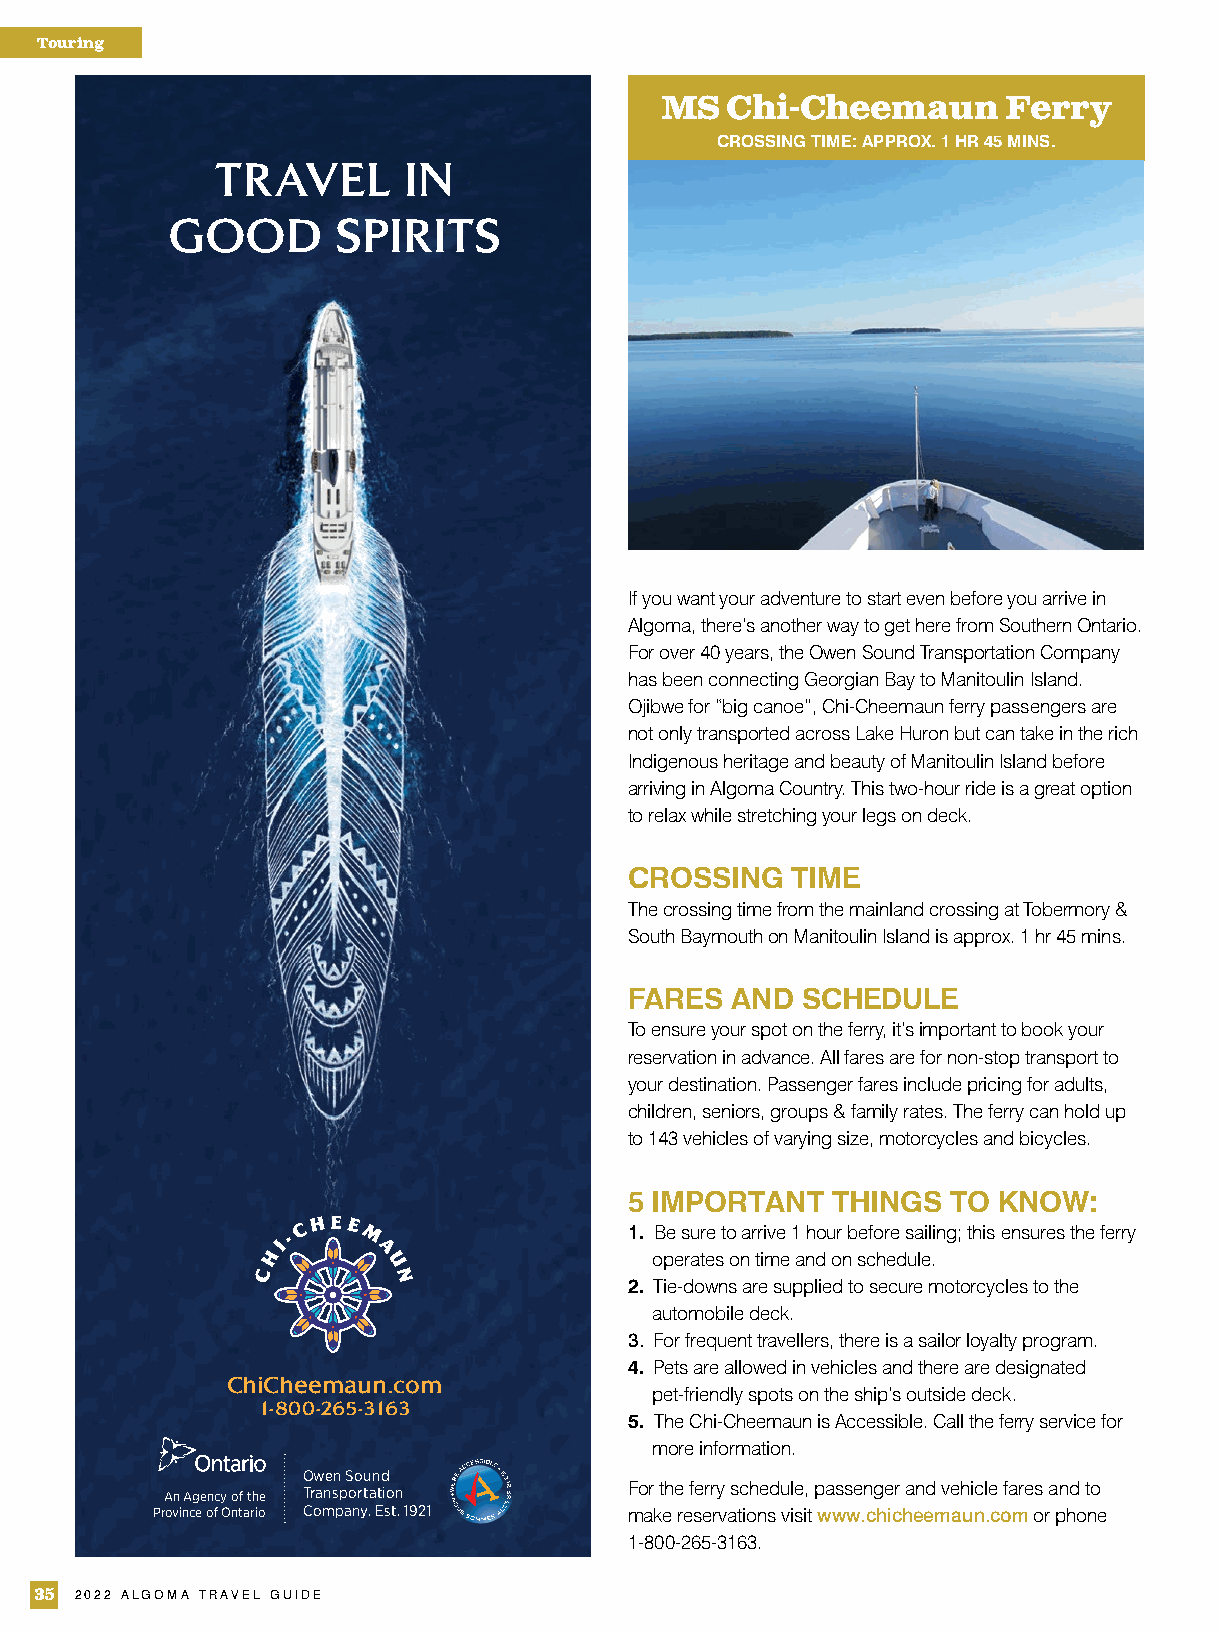
Touring
 MS  Chi-Cheemaun       Ferry
 CROSSING TIME: APPROX. 1 HR 45 MINS.
 TRAVEL       IN
 GOOD       SPIRITS
 If you want your adventure to start even before you arrive in
 Algoma, there’s another way to get here from Southern Ontario.
 For over 40 years, the Owen Sound Transportation Company
 has been connecting Georgian Bay to Manitoulin Island.
 Ojibwe for “big canoe”, Chi-Cheemaun ferry passengers are
 not only transported across Lake Huron but can take in the rich
 Indigenous heritage and beauty of Manitoulin Island before
 arriving in Algoma Country. This two-hour ride is a great option
 to relax while stretching your legs on deck.
 CROSSING  TIME
 The crossing time from the mainland crossing at Tobermory &
 South Baymouth on Manitoulin Island is approx. 1 hr 45 mins.
 FARES AND  SCHEDULE
 To ensure your spot on the ferry, it’s important to book your
 reservation in advance. All fares are for non-stop transport to
 your destination. Passenger fares include pricing for adults,
 children, seniors, groups & family rates. The ferry can hold up
 to 143 vehicles of varying size, motorcycles and bicycles.
 5 IMPORTANT  THINGS  TO KNOW:
 1. Be sure to arrive 1 hour before sailing; this ensures the ferry
 operates on time and on schedule.
 2. Tie-downs are supplied to secure motorcycles to the
 automobile deck.
 3. For frequent travellers, there is a sailor loyalty program.
 4. Pets are allowed in vehicles and there are designated
 ChiCheemaun.com
 pet-friendly spots on the ship’s outside deck.
 1-800-265-3163
 5. The Chi-Cheemaun is Accessible. Call the ferry service for
 more information.
 Owen Sound
 An Agency of the Transportation For the ferry schedule, passenger and vehicle fares and to
 Province of Ontario Company. Est. 1921 make reservations visit www.chicheemaun.com or phone
 1-800-265-3163.
 35 2022 ALGOMA TRAVEL GUIDE
 1269_OSTC_ATG_9.87x3.43.indd 1  2015-10-15 2:52 PM
 oidutS
 enildaeD
 lairetaM
 etad
 noitresnI
 deelB
 laniF
 eviL
 laniF
 mirT
 laniF
 rebmuN
 dA
 svc
 -
 A/N
 A/N
 "5734.3
 x
 "78.9
 34.3x78.9_GTA_CTSO_9621
 sruoloC
 tneilC
 noitcudorP
 retirwypoC
 rotceriD
 trA
 tmgM
 tnuoccA
 etaD
 noitacilbuP
 C4
 5102
 ,41
 .tcO
 ediuG
 levarT
 amoglA
 0048-545-614
 |
 4R3
 W4M
 oiratno
 otnorot
 |
 001
 etius
 ,tsae
 teerts
 roolb
 524
 |